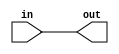
// This program was cloned from: https://github.com/efabless/clear
// License: Apache License 2.0

//Generated from netlist by SpyDrNet
//netlist name: FPGA88_SOFA_A
module direct_interc
(
    in,
    out
);

    input in;
    output out;

    wire in;
    wire out;

assign out = in;
endmodule